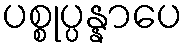
ပစ္စုပ္ပန္နာပေ